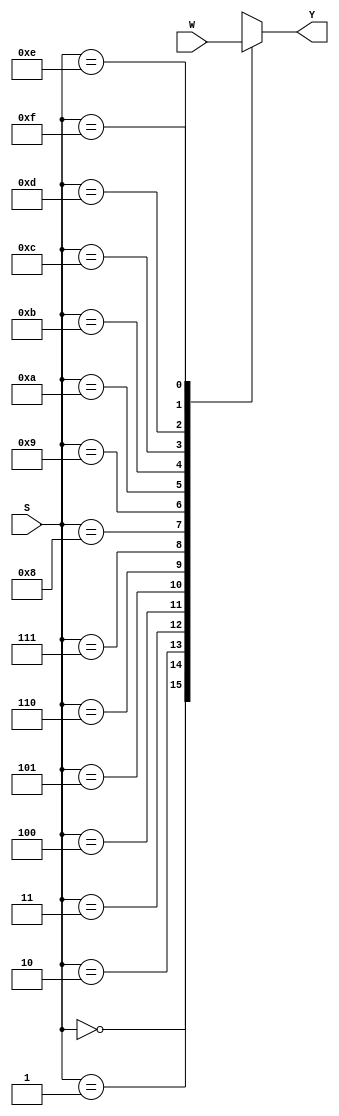
module mux16to1(W,S,Y);
input [0:15]W;
input [3:0]S;
output reg Y;

always @(S or W)
case(S)
0:Y=W[0];
1:Y=W[1];
2:Y=W[2];
3:Y=W[3];
4:Y=W[4];
5:Y=W[5];
6:Y=W[6];
7:Y=W[7];
8:Y=W[8];
9:Y=W[9];
10:Y=W[10];
11:Y=W[11];
12:Y=W[12];
13:Y=W[13];
14:Y=W[14];
15:Y=W[15];
default:Y=0;
endcase
endmodule